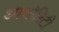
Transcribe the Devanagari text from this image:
आथोरिटी